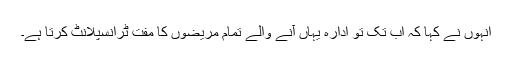
انہوںؒ نے کہا کہ اب تک تو ادارہ یہاں آنے والے تمام مریضوں کا مفت ٹرانسپلانٹ کرتا ہے۔